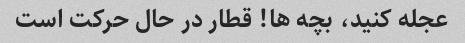
عجله کنید، بچه ها! قطار در حال حرکت است